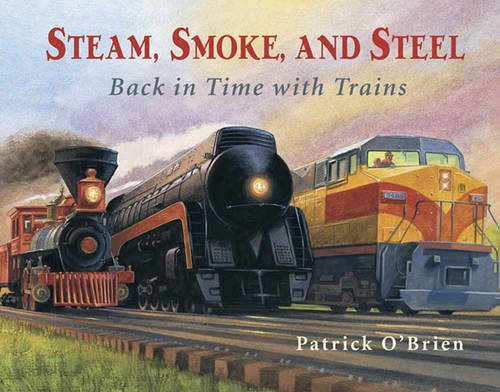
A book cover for Steam, Smoke, and Steel; Patrick O'Brien; Children's Books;